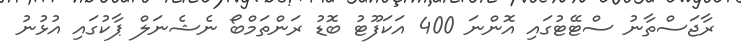
ރާޖަސްތާނު ސްޓޭޓުގައި އޮންނަ 400 އަކަފޫޓު ބޮޑު ރަންތަމްބޯ ނެޝެނަލް ޕާކުގައި އުޅުނު